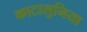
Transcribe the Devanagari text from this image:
काटालुनिया